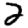
Digit: 2